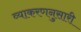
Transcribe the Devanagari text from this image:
व्याकरणनुसारी